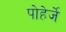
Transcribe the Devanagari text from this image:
पोहेर्जे